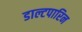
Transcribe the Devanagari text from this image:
डाल्टपारिन